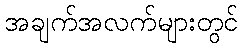
အချက်အလက်များတွင်